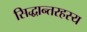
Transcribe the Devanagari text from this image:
सिद्धान्तरहस्य